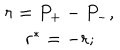
\begin{array} { c } { { r = P _ { + } - P _ { - } , } } \\ { { r ^ { * } = - r ; } } \\ \end{array}